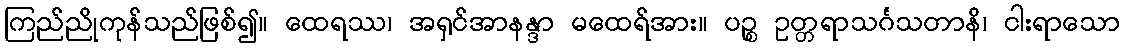
ကြည်ညိုကုန်သည်ဖြစ်၍။ ထေရဿ၊ အရှင်အာနန္ဒာ မထေရ်အား။ ပဉ္စ ဥတ္တရာသင်္ဂသတာနိ၊ ငါးရာသော